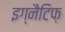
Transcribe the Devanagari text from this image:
इग्नैटिफ़